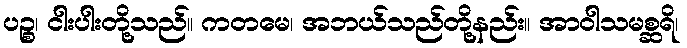
ပဉ္စ၊ ငါးပါးတို့သည်။ ကတမေ၊ အဘယ်သည်တို့နည်း။ အာဝါသမစ္ဆရိ၊